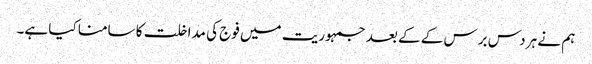
ہم نے ہر دس برس کے کے بعد جمہوریت میں فوج کی مداخلت کا سامنا کیا ہے۔